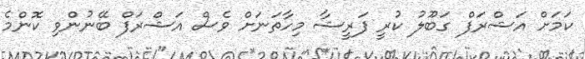
ކަމަށް އަޝްރަފް ގަބޫލު ކުރީ ފަރީޝާ މިހާތަނަށް ވެސް އަޝްރަފް ބޭނުންވި ކޮންމެ